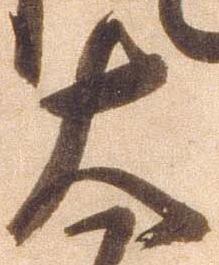
太